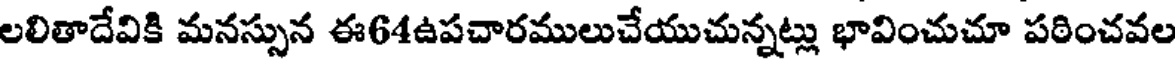
లలితాదేవికి మనస్సున ఈ64ఉపచారములుచేయుచున్నట్లు భావించుచూ పఠించవల